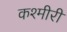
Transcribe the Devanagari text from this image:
कश्‍मीरी